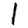
Digit: 1